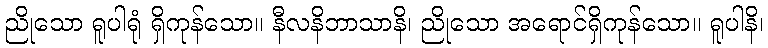
ညိုသော ရူပါရုံ ရှိကုန်သော။ နီလနိဘာသာနိ၊ ညိုသော အရောင်ရှိကုန်သော။ ရူပါနိ၊